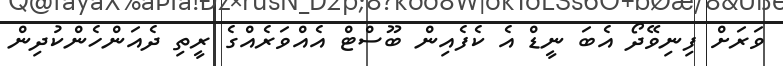
ވަރަށް ފިނިވޭދޯ އެބަ ނީޑް އެ ކެފެއިން ބޫސްޓް އެއްވަރެއްގެ ރީތި ދެއަންހެންކުދިން